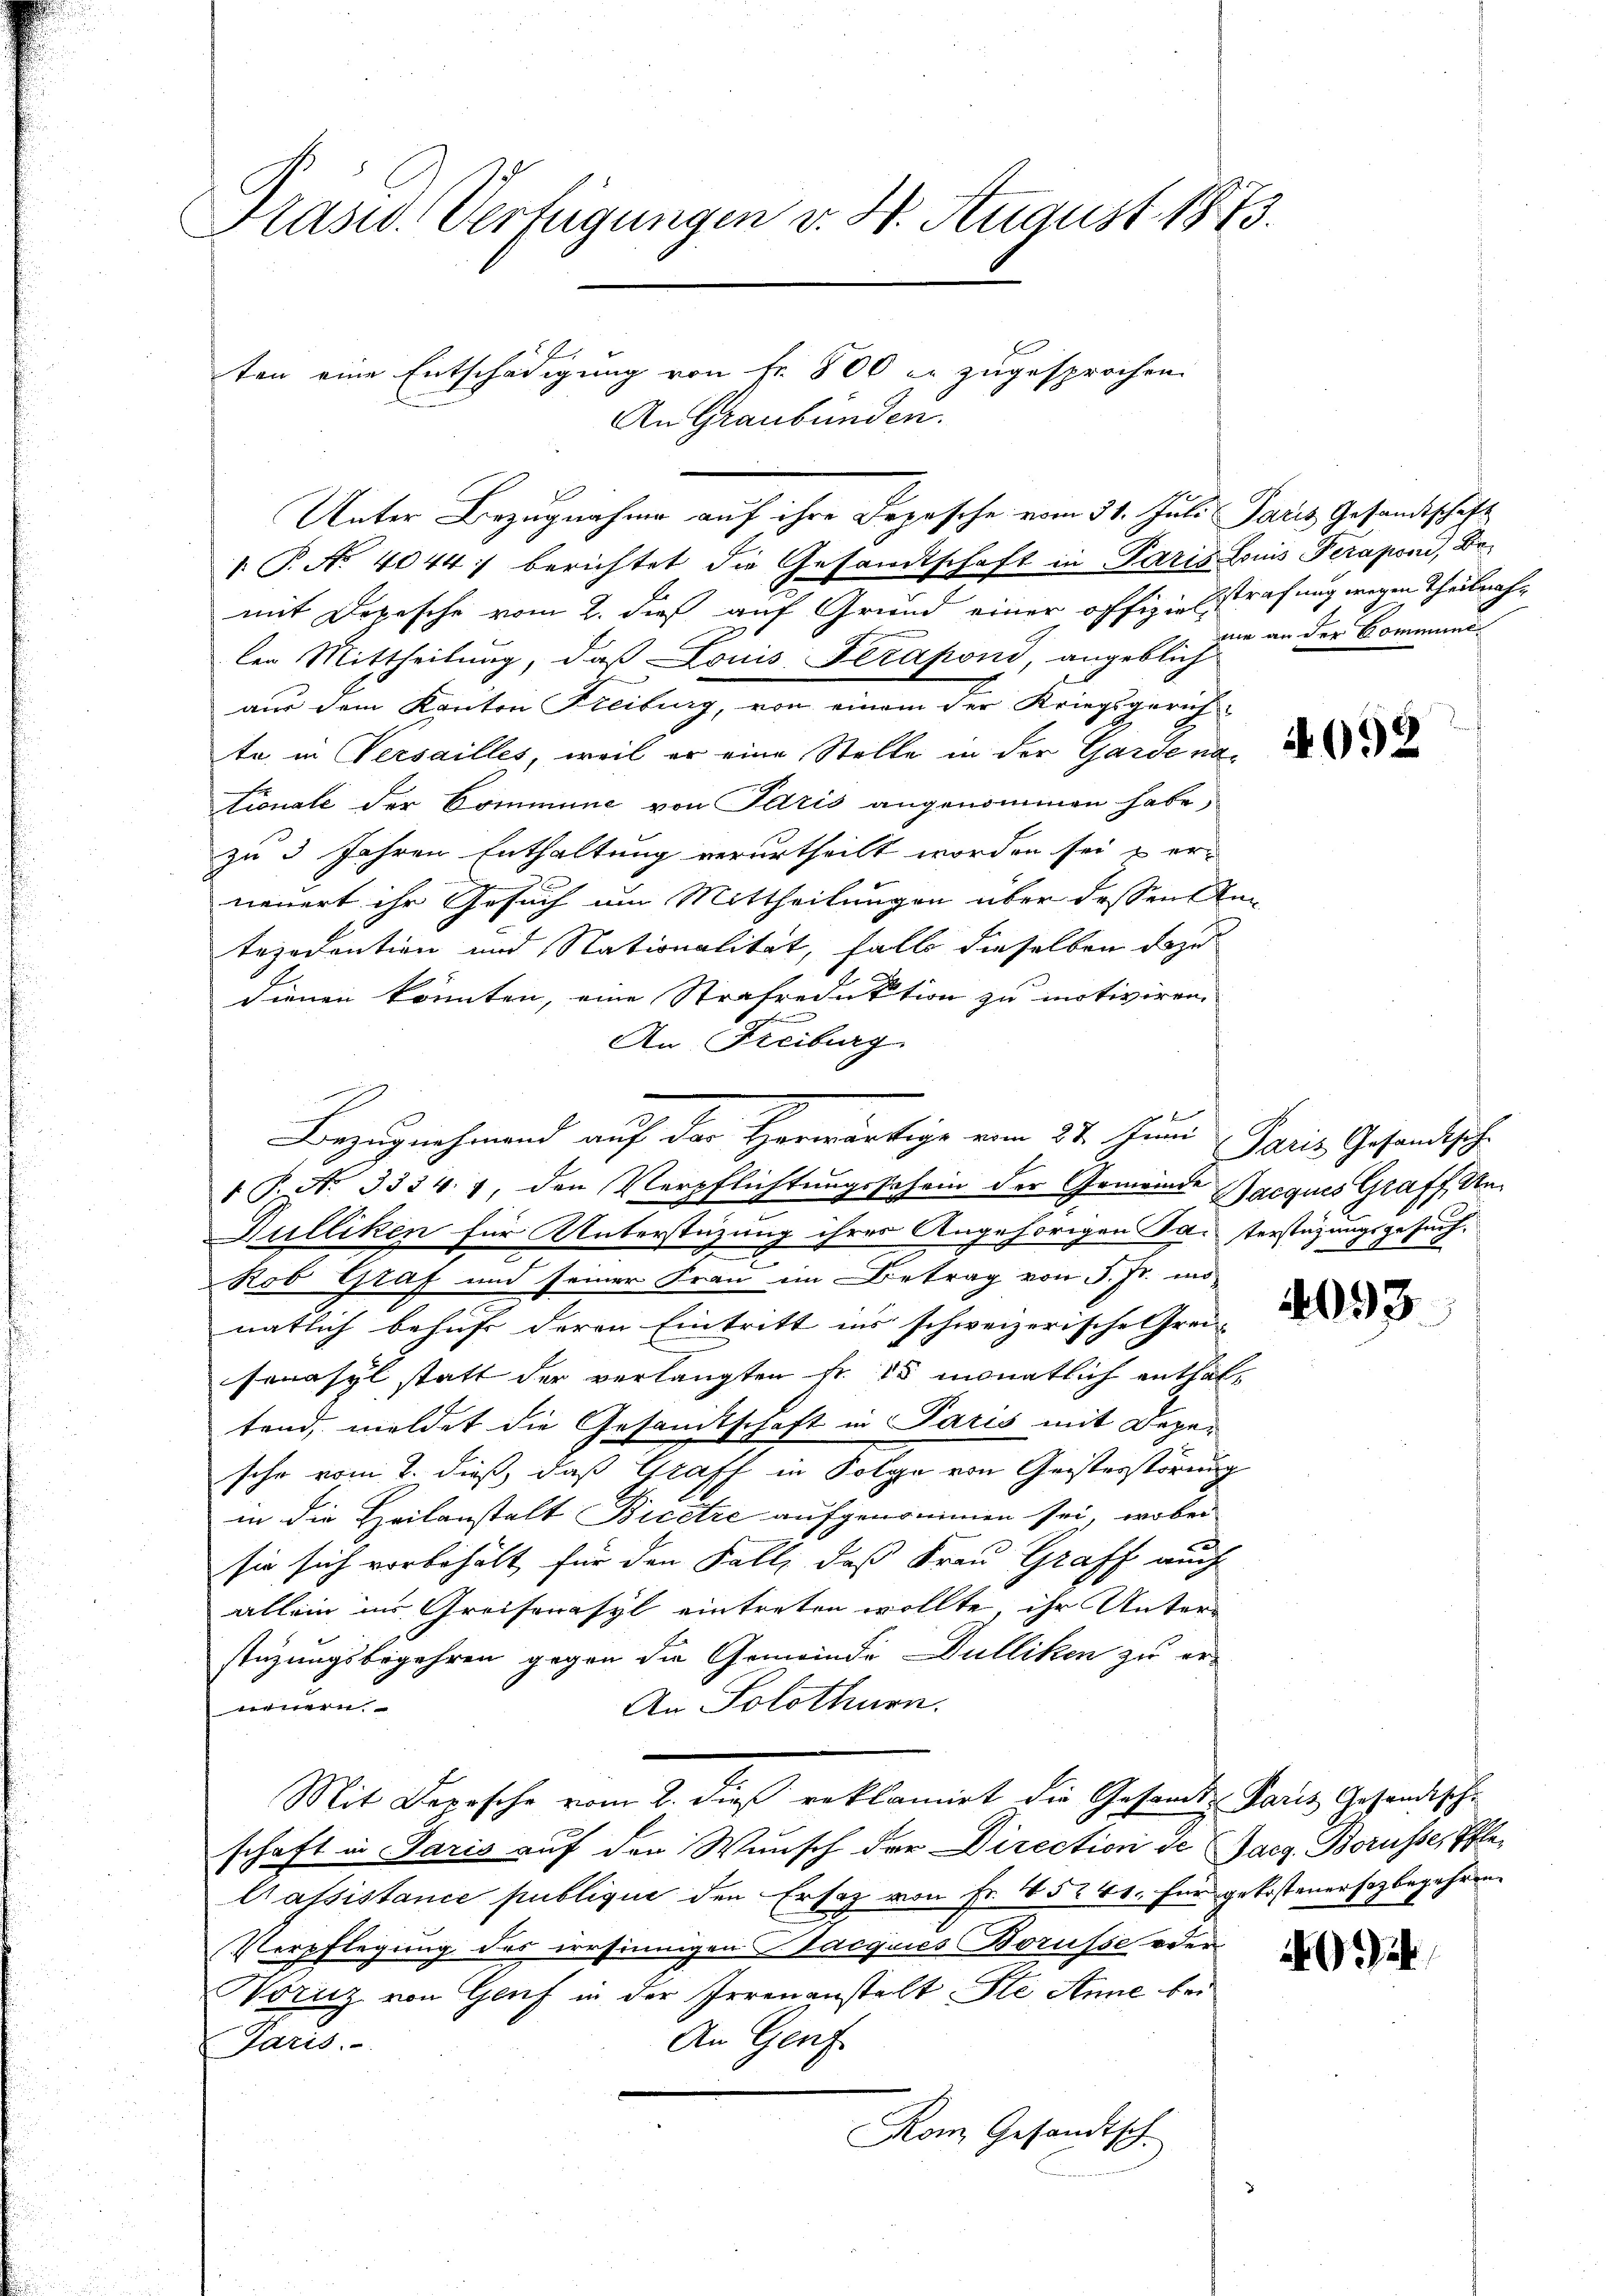
Pasw. Verfügungen v. 4. August 1873.

P. No 4044 berichtet die Gesandtschaft in Paris Louis Peraponi, Bemit Depesche vom 2. dieß auf Grund einer offizie Estrafung wegen Theilnahlen Mittheilung, daß Louis Ferafond, angeblich
aus dem Kanton Freiburg, von einem der Kriegsgericht
te in Versailles, weil er eine Stelle in der Garde na¬
Lionale der Commune von Paris angenommen habe,
zu 3 Jahren Enthaltung verurtheilt worden sei u er-
neuert ihr Gesuch am Mittheilungen über dessen Antezodention und Nationalität, falls dieselben dazu
dienen könnten, eine Strafreduktion zu motiviren.
An Freiburg
Bezugnahmend auf der Herwärtige vom 21. Juni
1 P. Nr. 3334. 1, den Verpflichtungsschein der Gemeinde Jacques Graff, Un¬
Gulliken für Unterstüzung ihrer Angehörigen Paterstüzungsgesuch.
—
e
Rob Graf und seiner Frau im Betrag von P. Fr. in
natlich behuhr deren Eintritt ins schweizerische Grei-
senasyl statt der verlangten Fr. 25 monatlich enthaltend, meldet die Gesandtschaft in Paris mit Depesehr vom 2. dieß, daß Graff in Folge von Geisterstörung
in die Heilanstalt Bicetze aufgenommen sei, wobei
2
sie sich vorbehält für den Fall, daß Frau Graff auch
allein ins Greifenasyl eintreten wollte, ihr Unter-
stüzungsbegehren gegen die Gemeinde Dulliken zu er-
An Solothurn.
vernern.
Mit Derrsche vom 2. dieß reklamirt die Gesandte Paris Gesandtschschaft in Paris auf den Wunsch der Direction de Gacg Borüsse, Pfle¬
Cassistance publique den Ersatz von Fr. 5241. für gekostener sozbegehren
Verpflegung des ersinnigen Stacques Borüsse oder
Noricz von Genf in der Irrenanstalt Ste Anne bei
An Genf
Paris.
Kom Gesandtsch.

ten eine Entschädigung von Fr. 800 er zugesprochen.
An Graubünden.
Unter Bezugnahme auf ihre Depesche vom 31. Juli Paris Gesandtschaft

mie an der Commune¬

4092

Paris Gesandtsch-

4093

e